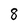
Character: 8